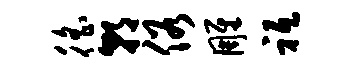
徭朝俗雕祗